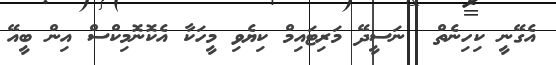
އެގޭނީ ކިހިނެތް  ނަސީދޭ މަރިޓައިމް ކިޔެވި މީހަކާ އެކޮނޮމިކްސް އިން ބީއޭ